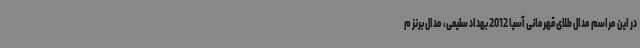
در این مراسم مدال طلای قهرمانی آسیا 2012 بهداد سلیمی، مدال برنز م